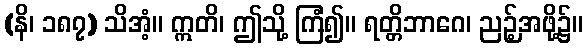
(နိ၊ ၁၈၇) သိအံ့။ ဣတိ၊ ဤသို့ ကြံ၍။ ရတ္တိဘာဂေ၊ ညဉ့်အဖို့၌။